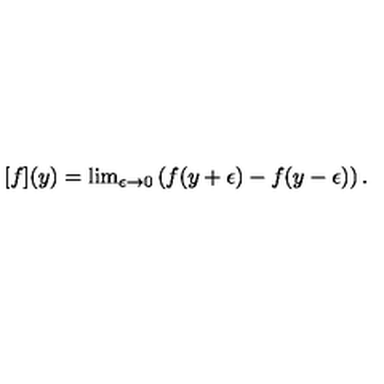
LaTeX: [ f ] ( y ) = \mathrm { l i m } _ { \epsilon \rightarrow 0 } \left( f ( y + \epsilon ) - f ( y - \epsilon ) \right) .